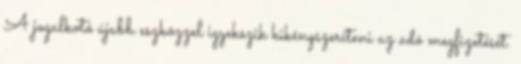
A jogalkotó újabb eszközzel igyekszik kikényszeríteni az adó megfizetését.